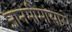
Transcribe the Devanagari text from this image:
ज्ञानमीमांसासे